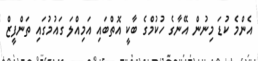
އެންމެ ކުޑަ މިނުން އޭނާގެ ހުކުމްގެ ބާކީ އޮތްބައި އަމިއްލަ ގައުމުގައި ތަންފީޒް